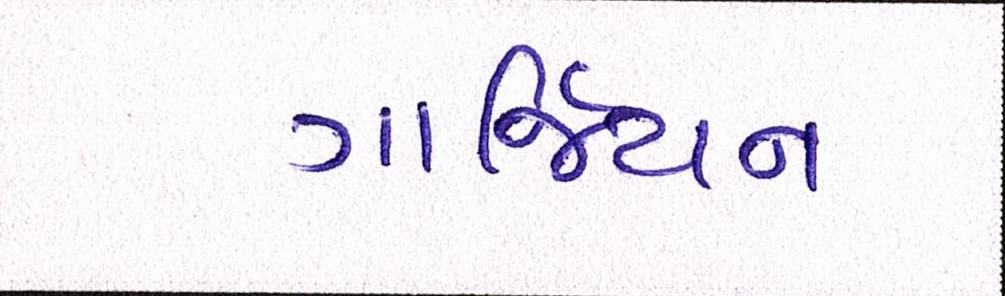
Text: ગાર્જિયન